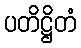
ပတိဋ္ဌိတံ